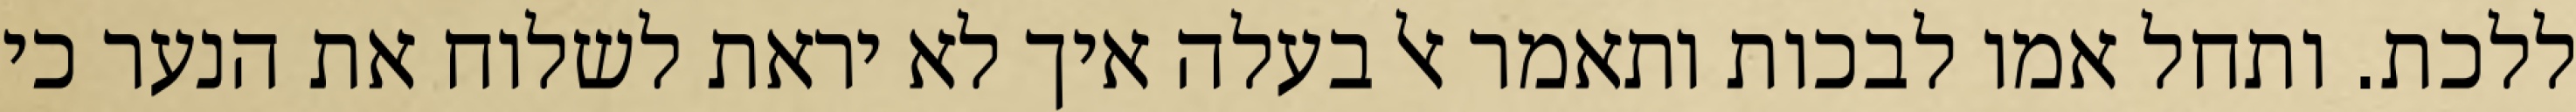
ללכת. ותחל אמו לבכות ותאמר אל בעלה איך לא יראת לשלוח את הנער כי